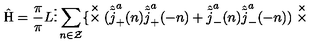
\hat { \mathrm { H } } = \frac { \pi } { \pi } { L } \vdots \sum _ { n \in \cal Z } \{ \stackrel { \times } { \times } ( \hat { \tilde { j } } _ { + } ^ { a } ( n ) \hat { \tilde { j } } _ { + } ^ { a } ( - n ) + \hat { \tilde { j } } _ { - } ^ { a } ( n ) \hat { \tilde { j } } _ { - } ^ { a } ( - n ) ) \stackrel { \times } { \times }